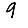
Digit: 9